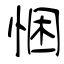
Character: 悃